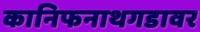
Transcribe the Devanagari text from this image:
कानिफनाथगडावर